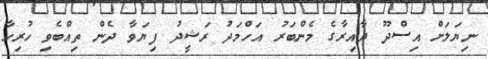
ނިޔަލަށް އިސްދޫ ދާއިރާގެ މެންބަރު އަހްމަދު ރަޝީދު ފިޔަވާ ދެން ތިއްބެވި ހުރިހާ